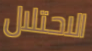
الاحتلال